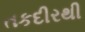
તકદીરથી